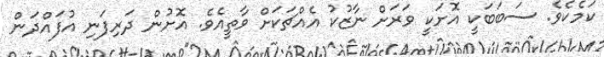
ކަމެކެވެ. ސަބަބަކީ އޮށަކީ ވަރަށް ނާޒުކު އެއްޗަކަށް ވާތީއެވެ. އޮށުން ދަރިފަނި އުފައްދަން